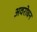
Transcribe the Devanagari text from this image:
अवरोघन